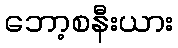
ဘော့စနီးယား